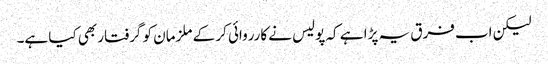
لیکن اب فرق یہ پڑا ہے کہ پولیس نے کارروائی کر کے ملزمان کو گرفتار بھی کیا ہے۔